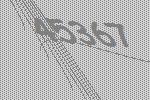
45367